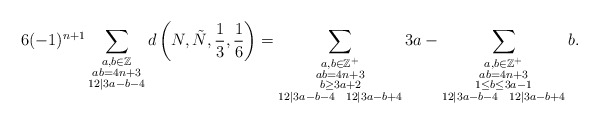
\begin{align*}6(-1)^{n+1}\sum_{\substack{a,b\in \mathbb{Z}\\ab=4n+3\\12|3a-b-4}} d\left(N,\tilde{N}, \frac{1}{3}, \frac{1}{6}\right) &= \sum_{\substack{a,b\in\mathbb{Z}^+\\ ab=4n+3\\ b\geq 3a+2\\ 12|3a-b-4 \ \ 12|3a-b+4}} 3a -\sum_{\substack{ a,b\in\mathbb{Z}^+\\ab=4n+3\\ 1\leq b\leq 3a-1\\ 12|3a-b-4 \ \ 12|3a-b+4}} b.\end{align*}